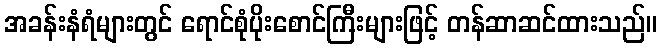
အခန်းနံရံများတွင် ရောင်စုံပိုးစောင်ကြီးများဖြင့် တန်ဆာဆင်ထားသည်။